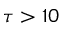
\tau > 1 0